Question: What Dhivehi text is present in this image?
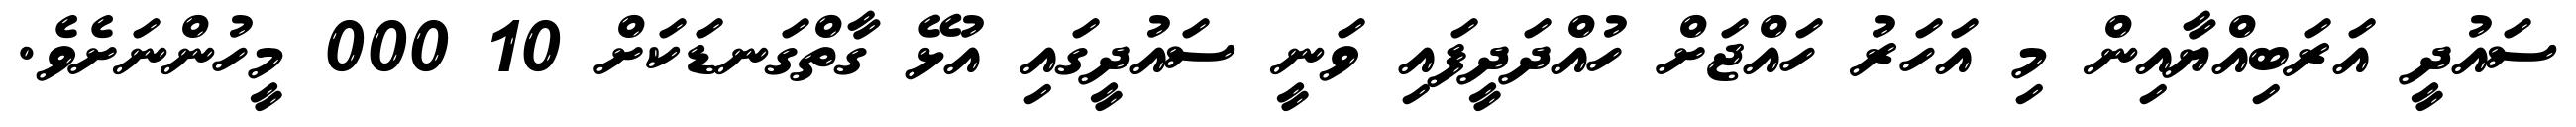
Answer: ސައުދީ އަރަބިއްޔާއިން މި އަހަރު ހައްޖަށް ހުއްދަދީފައި ވަނީ ސައުދީގައި އުޅޭ ގާތްގަނޑަކަށް 10 000 މީހުންނަށެވެ.